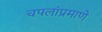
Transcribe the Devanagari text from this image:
चपलांप्रमाणे